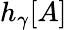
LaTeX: h_{\gamma}[A]